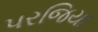
પરજિયા